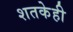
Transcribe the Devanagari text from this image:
शतकेही